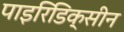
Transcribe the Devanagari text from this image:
पाइरिडिक्सीन